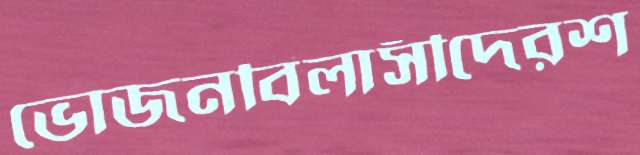
ভোজনবিলাসীদেরশ